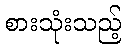
စားသုံးသည့်